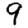
Digit: 9